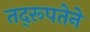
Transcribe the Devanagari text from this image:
तद्‌रूपतेने